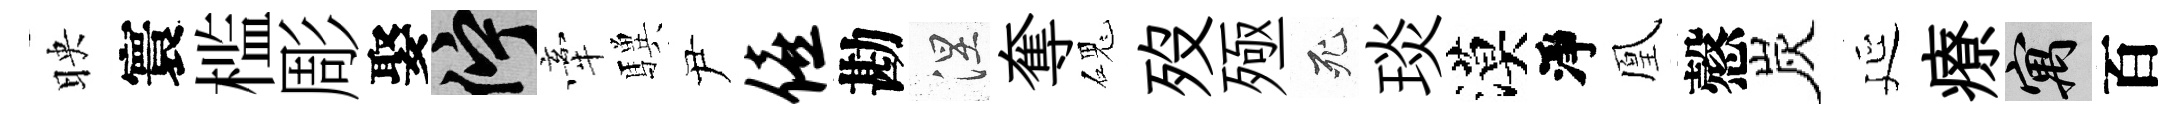
映寰槛彫娶伫牽驥尹僖勘涅奪磈歿殛死琰漠淨凰慤炭延療寓百